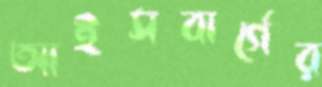
আইসবার্গের